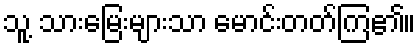
သူ့ သားမြေးများသာ မောင်းတတ်ကြ၏။